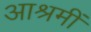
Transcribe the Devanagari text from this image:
आश्रमीं